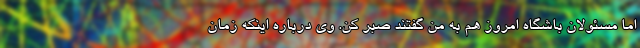
اما مسئولان باشگاه امروز هم به من گفتند صبر کن. وی درباره اینکه زمان